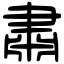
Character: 肅